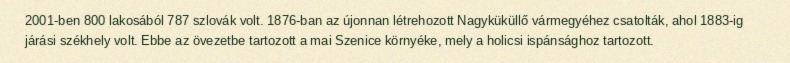
2001-ben 800 lakosából 787 szlovák volt. 1876-ban az újonnan létrehozott Nagyküküllő vármegyéhez csatolták, ahol 1883-ig járási székhely volt. Ebbe az övezetbe tartozott a mai Szenice környéke, mely a holicsi ispánsághoz tartozott.